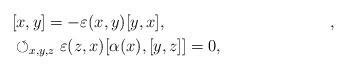
LaTeX: \begin{align*} &[x,y]=-\varepsilon(x,y)[y,x], && , \\ &\circlearrowleft_{x,y,z} \varepsilon(z,x)[\alpha(x),[y,z]]=0, && \end{align*}